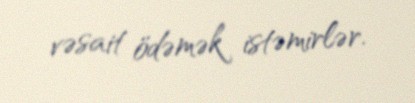
vəsait ödəmək istəmirlər.